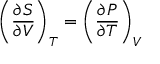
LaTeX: \left( { \frac { \partial S } { \partial V } } \right) _ { T } = \left( { \frac { \partial P } { \partial T } } \right) _ { V }